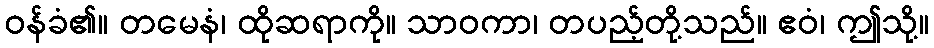
ဝန်ခံ၏။ တမေနံ၊ ထိုဆရာကို။ သာဝကာ၊ တပည့်တို့သည်။ ဧဝံ၊ ဤသို့။